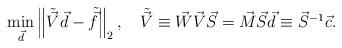
LaTeX: \begin{align*}\min_{\vec{d}}\left\Vert \tilde{\vec{V}}\vec{d}-\tilde{\vec{f}}\right\Vert _{2},\quad\tilde{\vec{V}}\equiv\vec{W}\vec{V}\vec{S}=\vec{M}\vec{S}\vec{d}\equiv\vec{S}^{-1}\vec{c}.\end{align*}